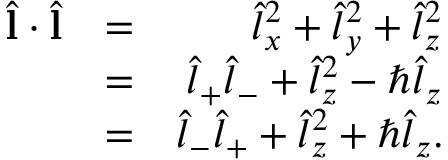
\begin{array} { r l r } { \hat { \bf l } \cdot \hat { \bf l } } & { = } & { \hat { l } _ { x } ^ { 2 } + \hat { l } _ { y } ^ { 2 } + \hat { l } _ { z } ^ { 2 } } \\ & { = } & { \hat { l } _ { + } \hat { l } _ { - } + \hat { l } _ { z } ^ { 2 } - \hbar \hat { l } _ { z } } \\ & { = } & { \hat { l } _ { - } \hat { l } _ { + } + \hat { l } _ { z } ^ { 2 } + \hbar \hat { l } _ { z } . } \end{array}